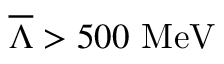
\overline { { { \Lambda } } } > 5 0 0 \, \, \mathrm { M e V }